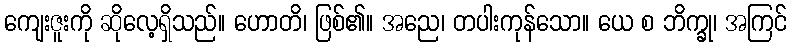
ကျေးဇူးကို ဆိုလေ့ရှိသည်။ ဟောတိ၊ ဖြစ်၏။ အညေ၊ တပါးကုန်သော။ ယေ စ ဘိက္ခု၊ အကြင်